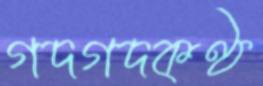
গদগদকণ্ঠ